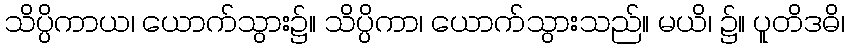
သိပ္ပိကာယ၊ ယောက်သွား၌။ သိပ္ပိကာ၊ ယောက်သွားသည်။ မယိ၊ ၌။ ပူတိဒဓိ၊